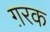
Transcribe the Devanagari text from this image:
ग़रक